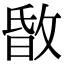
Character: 𢽹